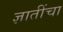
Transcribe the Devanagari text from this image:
ज्ञातींचा